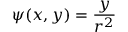
{ \psi } ( x , y ) = \frac { y } { r ^ { 2 } }